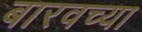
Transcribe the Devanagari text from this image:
बारवच्या